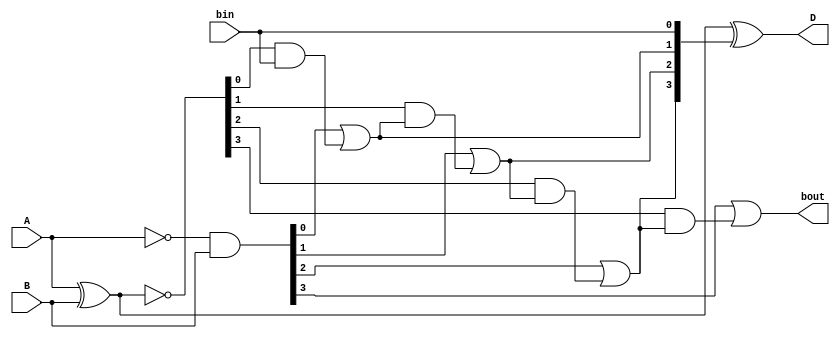
/*
Gi = Ai'Bi
Pi = (Ai  Bi)'
Di = (Pi  Ci)'
Ci = Gi-1 + (Ci-1  Pi-1')
*/

module Lab2_4_bit_BLS_behavioral(input [3:0] A, B, input bin, output reg [3:0] D, output reg bout);

    reg [3:0] G, P, C, Q;
    always @(A or B or bin)
    begin
        
        G = (~A) & B;
        P = A ^ B;
        Q = ~P;
        
        C[0] = bin;
        C[1] = G[0] | (Q[0]&C[0]);
        C[2] = G[1] | (Q[1]&C[1]);
        C[3] = G[2] | (Q[2]&C[2]);
        bout = G[3] | (Q[3]&C[3]);
        
        D = P ^ C;

    end

endmodule